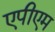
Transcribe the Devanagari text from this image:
एपीएम